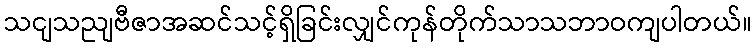
သငျသညျဗီဇာအဆင်သင့်ရှိခြင်းလျှင်ကုန်တိုက်သာသဘာဝကျပါတယ်။